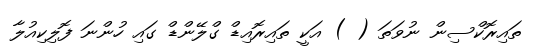
ތައިރޮކްސިން ނުވަތަ ( ) އަކީ ތައިރޮއިޑް ގްލޭންޑް ގައި ހުންނަ ފޮލިކިއުލާ